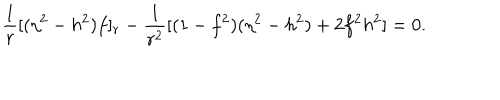
\frac { 1 } { r } [ ( \eta ^ { 2 } - h ^ { 2 } ) f ] _ { r } - \frac { 1 } { r ^ { 2 } } [ ( 1 - f ^ { 2 } ) ( \eta ^ { 2 } - h ^ { 2 } ) + 2 f ^ { 2 } h ^ { 2 } ] = 0 .